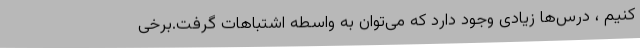
کنیم ، درس‌ها زیادی وجود‌ دارد که می‌توان به واسطه اشتباهات گرفت.برخی